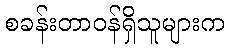
စခန်းတာဝန်ရှိသူများက